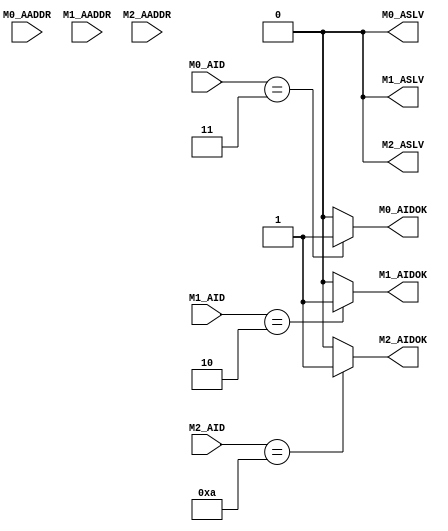
//------------------------------------------------------------------
//-- File generated by RobustVerilog parser
//-- RobustVerilog version 1.5g (limited free version) Jul 5 2011
//-- Invoked Wed Mar 28 12:55:30 2012
//-- Source file: ic_dec.v
//-- Parent file: ic_addr.v
//-- Project directory: C:/Users/MARIOS/Desktop/VLSI/RobustVerilog_free1.5_win/RobustVerilog_free1.5_win/examples/axi_master/trunk/run/
//-- Target directory: out/
//-- Command flags: ..\..\..\..\robust.exe ../robust_axi_master.pro -gui 
//-- www.provartec.com/edatools ... info@provartec.com
//------------------------------------------------------------------






module axi_master_ic_dec (M0_AADDR,M1_AADDR,M2_AADDR,M0_AID,M1_AID,M2_AID,M0_ASLV,M1_ASLV,M2_ASLV,M0_AIDOK,M1_AIDOK,M2_AIDOK);

   input [32-1:0]               M0_AADDR;
   input [32-1:0]               M1_AADDR;
   input [32-1:0]               M2_AADDR;
   input [4-1:0]                   M0_AID;
   input [4-1:0]                   M1_AID;
   input [4-1:0]                   M2_AID;
   output [1-1:0]               M0_ASLV;
   output [1-1:0]               M1_ASLV;
   output [1-1:0]               M2_ASLV;
   output                       M0_AIDOK;
   output                       M1_AIDOK;
   output                       M2_AIDOK;

   parameter                       DEC_MSB =  32 - 1;
   parameter                       DEC_LSB =  32 - 1;
   
   reg [1-1:0]                   M0_ASLV;
   reg [1-1:0]                   M1_ASLV;
   reg [1-1:0]                   M2_ASLV;
   reg                           M0_AIDOK;
   reg                           M1_AIDOK;
   reg                           M2_AIDOK;
   
   wire [DEC_MSB:DEC_LSB]                     M0_AADDR_DEC;
   wire [DEC_MSB:DEC_LSB]                     M1_AADDR_DEC;
   wire [DEC_MSB:DEC_LSB]                     M2_AADDR_DEC;


   assign                                     M0_AADDR_DEC = M0_AADDR[DEC_MSB:DEC_LSB];
   assign                                     M1_AADDR_DEC = M1_AADDR[DEC_MSB:DEC_LSB];
   assign                                     M2_AADDR_DEC = M2_AADDR[DEC_MSB:DEC_LSB];
   
     always @(M0_AADDR or M0_AIDOK)                       
       begin        
      case (M0_AIDOK)    
        1'b1 : M0_ASLV = 1'd0;  
            default : M0_ASLV = 1'd0;                     
      endcase                                             
       end                                                    

   always @(M0_AID)                                  
     begin                                             
    case (M0_AID[4-1:0])                                
      4'b0011 : M0_AIDOK = 1'b1; 
      default : M0_AIDOK = 1'b0;                 
    endcase                                        
     end    
  
     always @(M1_AADDR or M1_AIDOK)                       
       begin        
      case (M1_AIDOK)    
        1'b1 : M1_ASLV = 1'd0;  
            default : M1_ASLV = 1'd0;                     
      endcase                                             
       end                                                    

   always @(M1_AID)                                  
     begin                                             
    case (M1_AID[4-1:0])                                
      4'b0010 : M1_AIDOK = 1'b1; 
      default : M1_AIDOK = 1'b0;                 
    endcase                                        
     end    
  
     always @(M2_AADDR or M2_AIDOK)                       
       begin        
      case (M2_AIDOK)    
        1'b1 : M2_ASLV = 1'd0;  
            default : M2_ASLV = 1'd0;                     
      endcase                                             
       end                                                    

   always @(M2_AID)                                  
     begin                                             
    case (M2_AID[4-1:0])                                
      4'b1010 : M2_AIDOK = 1'b1; 
      default : M2_AIDOK = 1'b0;                 
    endcase                                        
     end    
  
      
endmodule